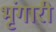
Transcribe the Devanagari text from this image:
भृंगारी